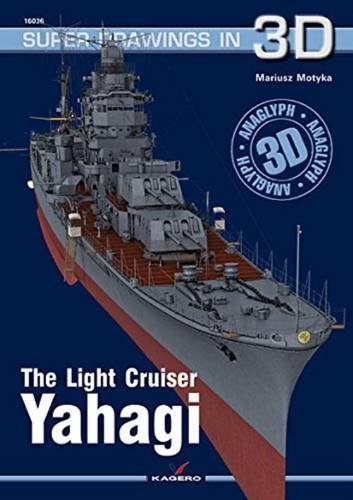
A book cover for The Light Cruiser Yahagi (Super Drawings in 3D); Mariusz Motyka; History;